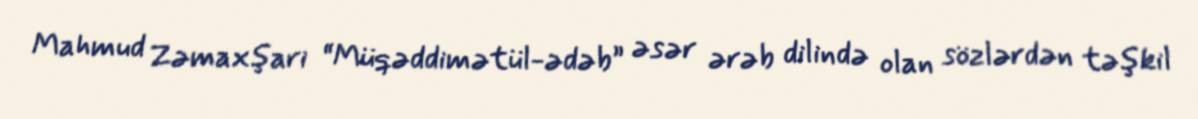
Mahmud Zəmaxşari “Müqəddimətül-ədəb” əsər ərəb dilində olan sözlərdən təşkil